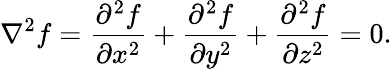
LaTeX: \nabla^{2}f={\frac{\partial^{2}f}{\partial x^{2}}}+{\frac{\partial^{2}f}{\partial y^{2}}}+{\frac{\partial^{2}f}{\partial z^{2}}}=0.